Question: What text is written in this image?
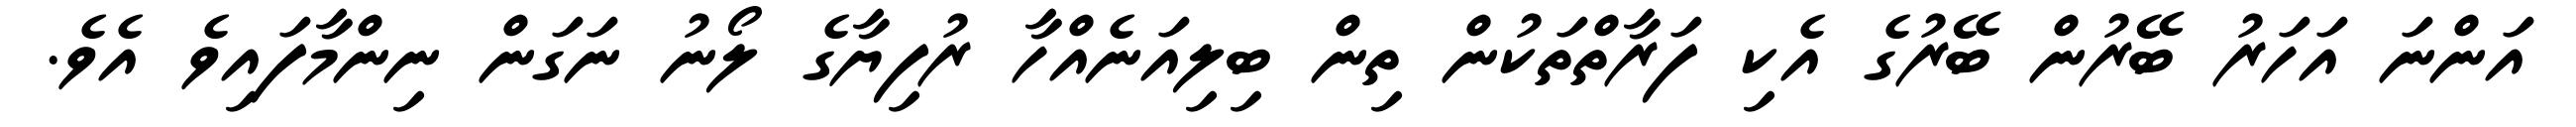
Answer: އަންނަ އަހަރު ބޭރުން ބޭރުގެ އެކި ފަރާތްތަކުން ތިން ބިލިއަނެއްހާ ރުފިޔާގެ ލޯނު ނަގަން ނިންމާފައިވެ އެވެ.